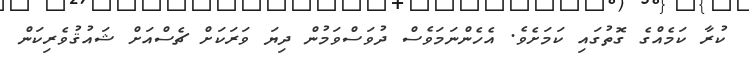
ކުރާ ކަމެއްގެ ގޮތުގައި ކަމަށެވެ. އެހެންނަމަވެސް ދުވަސްވަމުން ދިޔަ ވަރަކަށް ޗެސްއަށް ޝައުޤުވެރިކަން